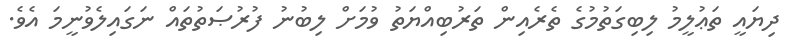
ދިޔައީ ތަޢުލީމު ލިބިގަތުމުގެ ތެރެއިން ތަރުބިއްޔަތު ވުމަށް ލިބުނު ފުރުޞަތުތައް ނަގައިލެވުނީމަ އެވެ.